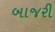
બાજરી